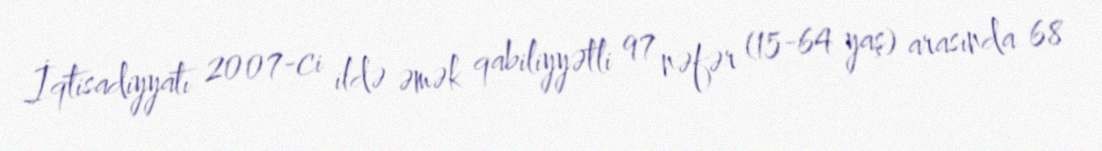
İqtisadiyyatı 2007-ci ildə əmək qabiliyyətli 97 nəfər (15-64 yaş) arasında 68